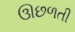
ઊછળતી